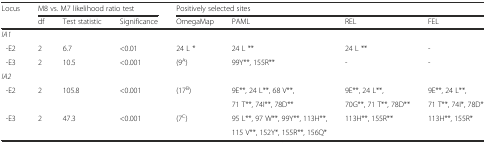
<table><thead><tr><td><b>Locus</b></td><td colspan="3"><b>M8 vs. M7 likelihood ratio test</b></td><td colspan="4"><b>Positively selected sites</b></td></tr><tr><td></td><td><b>df</b></td><td><b>Test statistic</b></td><td><b>Significance</b></td><td><b>OmegaMap</b></td><td><b>PAML</b></td><td><b>REL</b></td><td><b>FEL</b></td></tr></thead><tbody><tr><td><i>IA1</i></td><td></td><td></td><td></td><td></td><td></td><td></td><td></td></tr><tr><td>-E2</td><td>2</td><td>6.7</td><td>&lt;0.01</td><td>24 L *</td><td>24 L **</td><td>24 L **</td><td>-</td></tr><tr><td>-E3</td><td>2</td><td>10.5</td><td>&lt;0.001</td><td>(9<sup>A</sup>)</td><td>99Y**, 155R**</td><td>-</td><td>-</td></tr><tr><td><i>IA2</i></td><td></td><td></td><td></td><td></td><td></td><td></td><td></td></tr><tr><td>-E2</td><td>2</td><td>105.8</td><td>&lt;0.001</td><td>(17<sup>B</sup>)</td><td>9E**, 24 L**, 68 V**,</td><td>9E**, 24 L**,</td><td>9E**, 24 L**,</td></tr><tr><td></td><td></td><td></td><td></td><td></td><td>71 T**, 74I**, 78D**</td><td>70G**, 71 T**, 78D**</td><td>71 T**, 74I*, 78D*</td></tr><tr><td>-E3</td><td>2</td><td>47.3</td><td>&lt;0.001</td><td>(7<sup>C</sup>)</td><td>95 L**, 97 W**, 99Y**, 113H**,</td><td>113H**, 155R**</td><td>113H**, 155R*</td></tr><tr><td></td><td></td><td></td><td></td><td></td><td>115 V**, 152Y*, 155R**, 156Q*</td><td></td><td></td></tr></tbody></table>